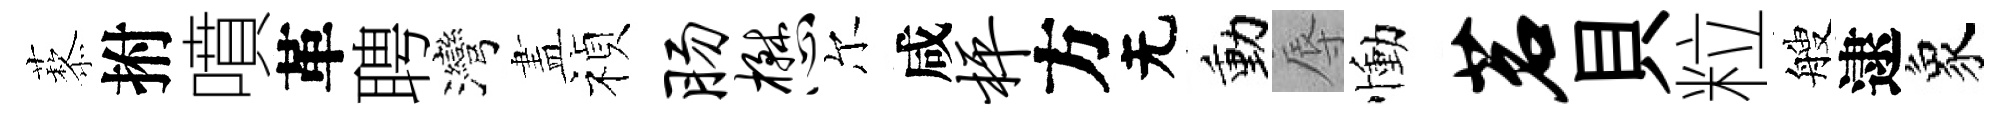
藜拊噴革聘灣𥁞禎肠懋尔咸枰方无動辱慟茗貝粒艘逮象